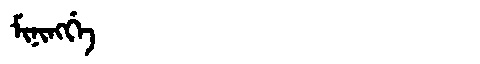
Manchu: ᠮᡳᠨᡳᠩᡤᡝ
Romanization: MININGGE